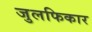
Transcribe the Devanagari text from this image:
जुलफिकार